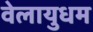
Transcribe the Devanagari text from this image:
वेलायुधम